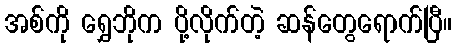
အစ်ကို ရွှေဘိုက ပို့လိုက်တဲ့ ဆန်တွေရောက်ပြီ။